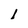
Character: l